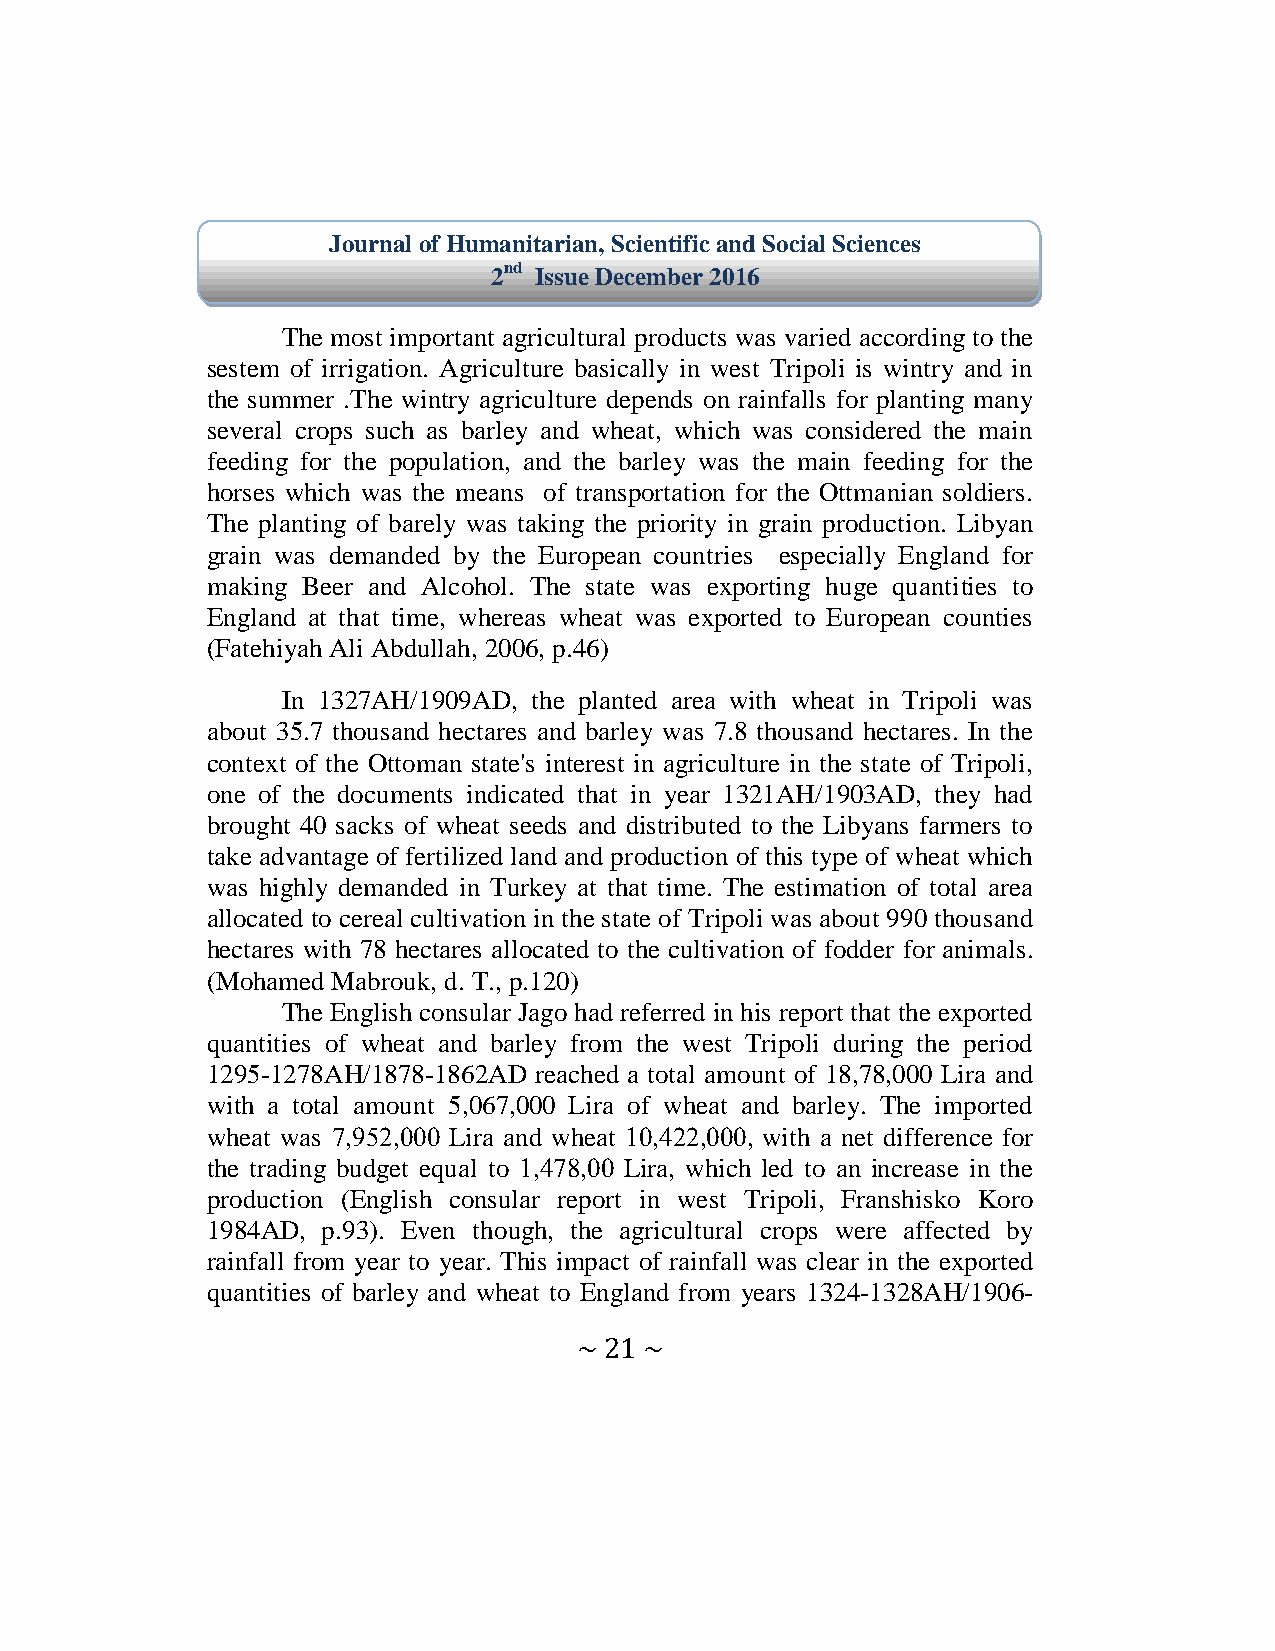
Journal of Humanitarian, Scientific and Social Sciences
 2nd Issue December 2016
 The most important agricultural products was varied according to the
 sestem of irrigation. Agriculture basically in west Tripoli is wintry and in
 the summer .The wintry agriculture depends on rainfalls for planting many
 several crops such as barley and wheat, which was considered the main
 feeding for the population, and the barley was the main feeding for the
 horses which was the means of transportation for the Ottmanian soldiers.
 The planting of barely was taking the priority in grain production. Libyan
 grain was demanded by the European countries especially England for
 making Beer and Alcohol. The state was exporting huge quantities to
 England at that time, whereas wheat was exported to European counties
 (Fatehiyah Ali Abdullah, 2006, p.46)
 In 1327AH/1909AD, the planted area with wheat in Tripoli was
 about 35.7 thousand hectares and barley was 7.8 thousand hectares. In the
 context of the Ottoman state's interest in agriculture in the state of Tripoli,
 one of the documents indicated that in year 1321AH/1903AD, they had
 brought 40 sacks of wheat seeds and distributed to the Libyans farmers to
 take advantage of fertilized land and production of this type of wheat which
 was highly demanded in Turkey at that time. The estimation of total area
 allocated to cereal cultivation in the state of Tripoli was about 990 thousand
 hectares with 78 hectares allocated to the cultivation of fodder for animals.
 (Mohamed Mabrouk, d. T., p.120)
 The English consular Jago had referred in his report that the exported
 quantities of wheat and barley from the west Tripoli during the period
 1295-1278AH/1878-1862AD reached a total amount of 18,78,000 Lira and
 with a total amount 5,067,000 Lira of wheat and barley. The imported
 wheat was 7,259,000 Lira and wheat 00,299,000, with a net difference for
 the trading budget equal to 0,274,00 Lira, which led to an increase in the
 production (English consular report in west Tripoli, Franshisko Koro
 1984AD, p.93). Even though, the agricultural crops were affected by
 rainfall from year to year. This impact of rainfall was clear in the exported
 quantities of barley and wheat to England from years 1324-1328AH/1906-
 ~ 21 ~